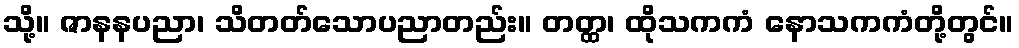
သို့။ ဇာနနပညာ၊ သိတတ်သောပညာတည်း။ တတ္ထ၊ ထိုသကကံ နောသကကံတို့တွင်။